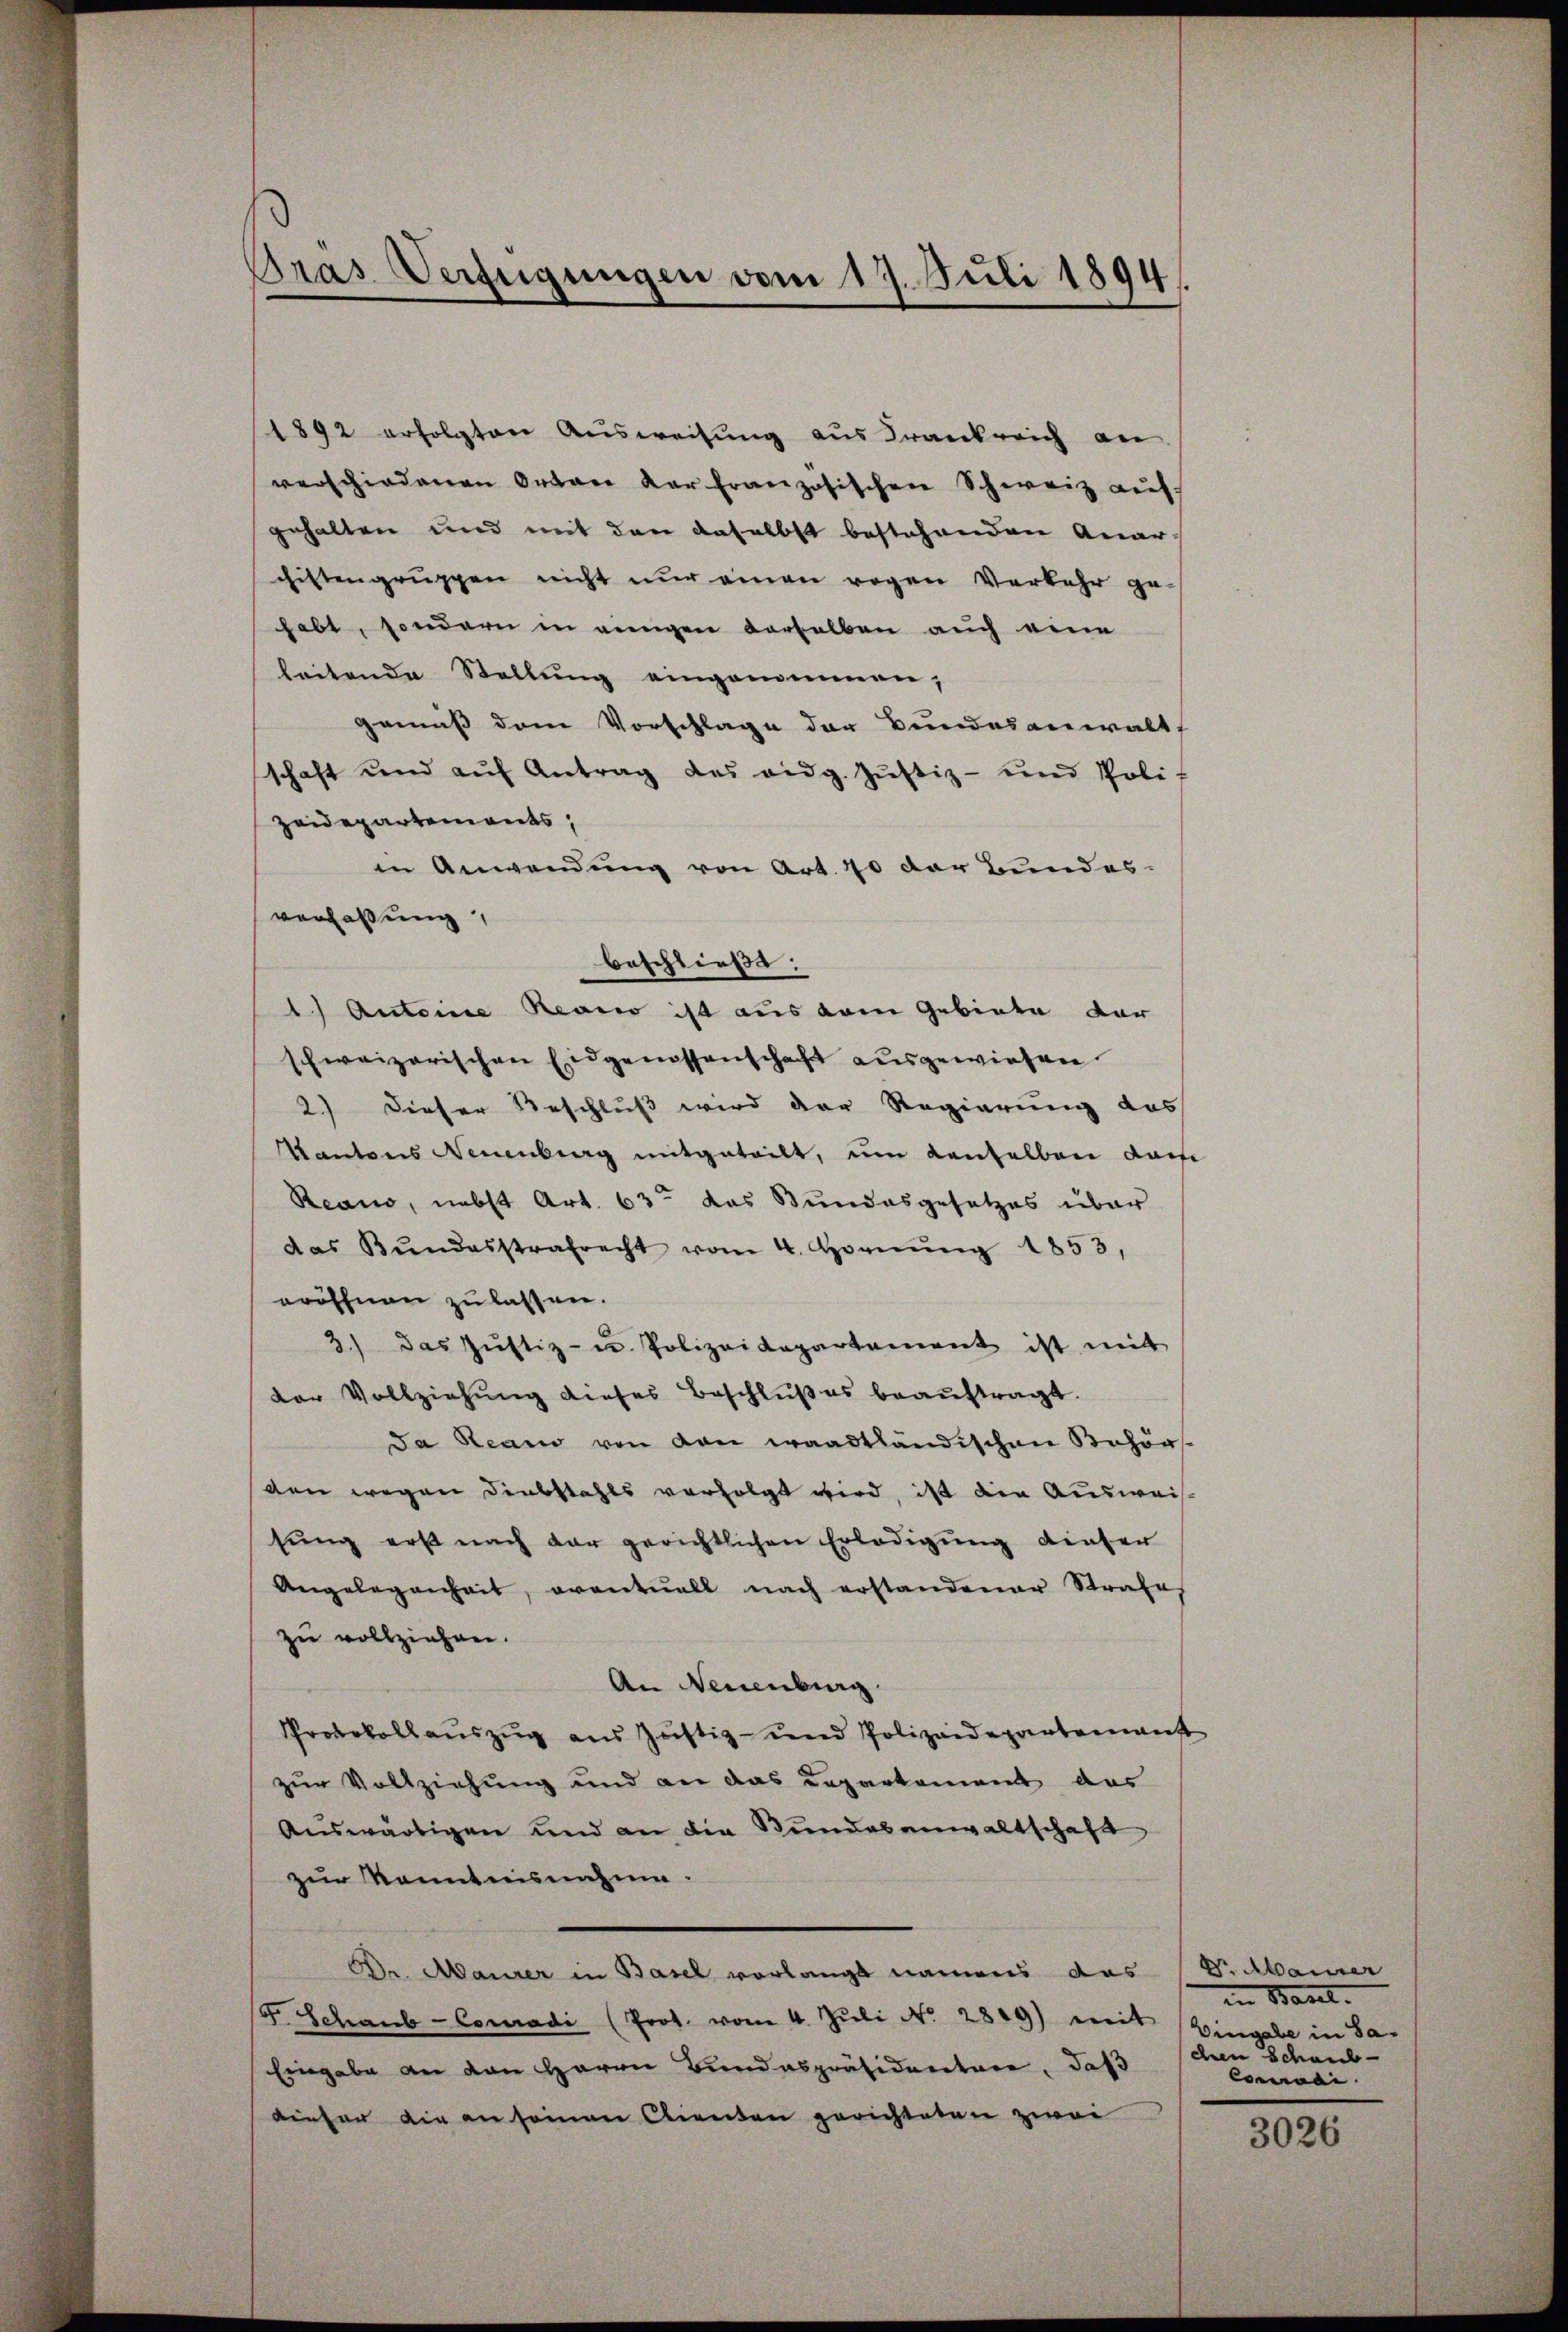
Gras Verfügungen vom 17. Juli 1894.

1892 erfolgten Ausweisung aus Frankreich an
verschiedenen Orten der französischen Schweiz auf
gehalten und mit den daselbst bestehenden Quarchistengruppen nicht nur einen regen Verkehr ge-
habt, sondern in einigen derselben auch eine
leitende Stellung eingenommen;
gemäß dem Vorschlage der Bundesanwalt
schaft und aŭf Antrag des eidg. Jŭstiz- und Poli-
zeidepartements,
in Anwendung von Art. 40 der Bundes-
verfassung
beschließe.
1) Antoine Reano ist aus dem Gebiete der
schweizerischen Eidgenossenschaft ausgewiesen.
2) Dieser Beschluß wird der Regierung das
Kantons Neuenburg mitgeteilt, um denselben dasse
Reano, nebst Art. 63 das Bundesgesetzes über
das Bŭndesstrafrecht vom 4. Hornŭng 1853,
eröffnen zu lassen.
3) das Jŭstiz- u. Polizeidepartement ist mit
der Vollziehŭng dieses Beschlŭβ es beaŭftragt.
Da Reano von den waadtländischen Behörs-
den wegen Diebstahls verfolgt wird, ist die Ausweis-
sung erst nach dar gerichtlichen Erledigung dieser
Angelegenheit, eventuell nach erstandener Strafe
zu vollziehen.
An Neuenburg
Protokollauszug aus Justiz- und Polizeidepartenant
zur Vollziehung und an das Departement das
Auswärtigen und an die Bundesanwaltschaft,
zur Kenntnisnahme.
Dr. Maurer in Basel vorlangt namens das Vicamer
F. Schaub- Conradi (Prot. vom 4. Juli No 2809) mit Eingabe in Sa¬
Eingabe an den Herrn Bundespräsidentare, daß
dieser die an seinen Clienten gerichteten zwei

in Basel.
chen Schaub¬
Consi

3026